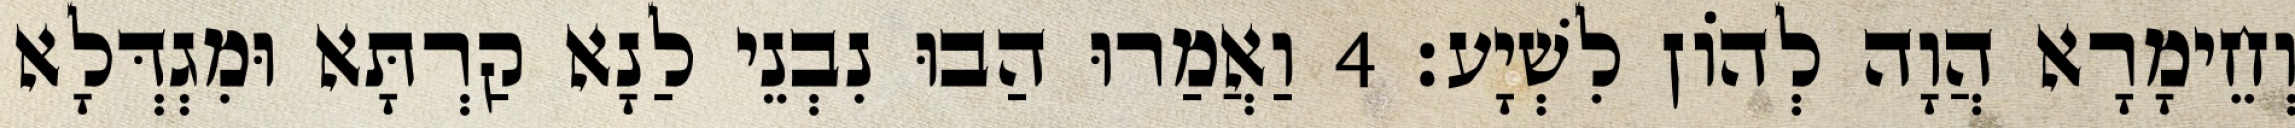
וְחֵימָרָא הֲוָה לְהוֹן לִשְׁיָע׃ 4 וַאֲמַרוּ הַבוּ נִבְנֵי לַנָא קַרְתָּא וּמִגְדְּלָא